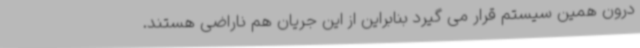
درون همین سیستم قرار می گیرد بنابراین از این جریان هم ناراضی هستند.